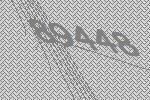
89448